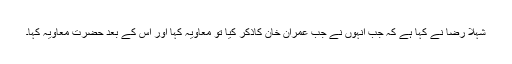
شہلا رضا نے کہا ہے کہ جب انہوں نے جب عمران خان کاذکر کیا تو معاویہ کہا اور اس کے بعد حضرت معاویہ کہا۔